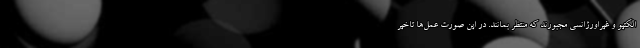
الکتیو و غیراورژانسی مجبورند که منتظر بمانند. در این صورت عمل‌ها تاخیر